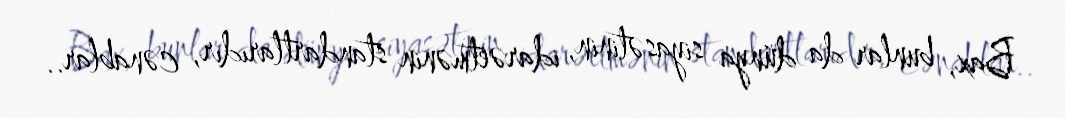
Bax, bunlar da dünya siyasətinin, idarəetmənin standartlarıdır, cənablar..